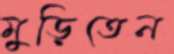
মুড়িতেন